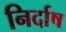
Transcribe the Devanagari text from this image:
निर्दाष